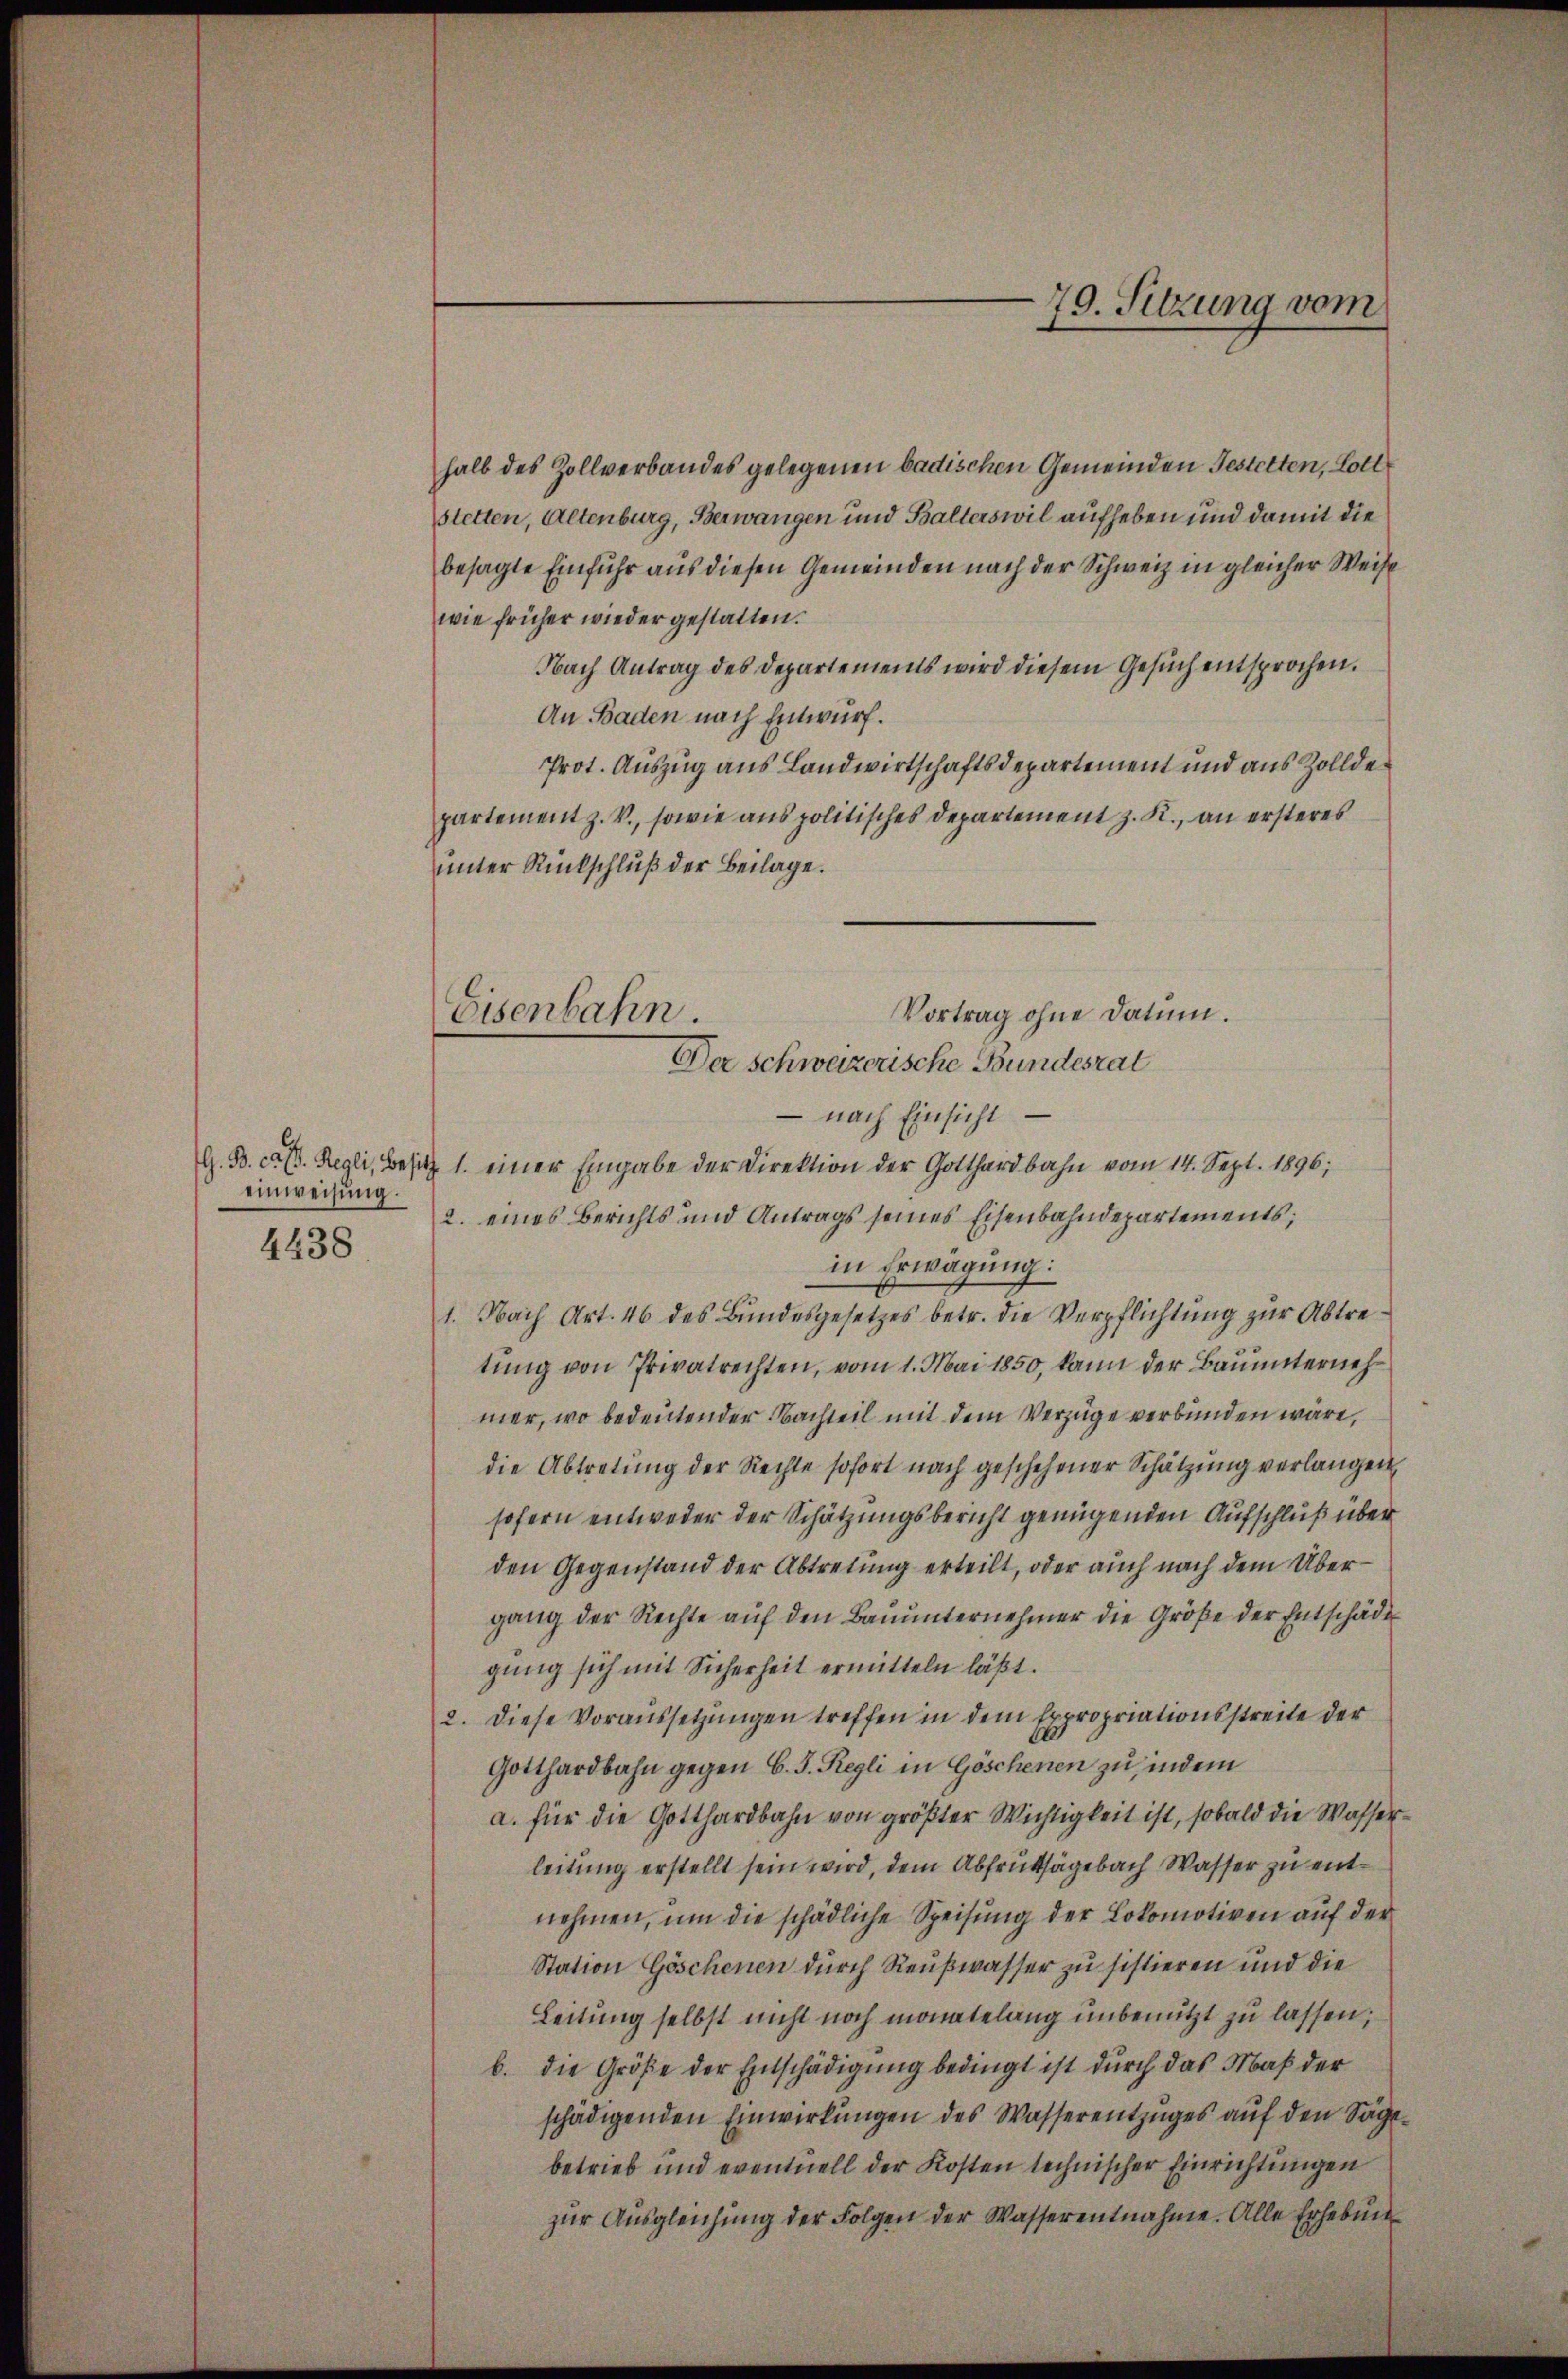
einweisung.
4438

Vortrag ohne Datum.
Eisenbahn.
Der schweizerische Bundesrat

halb des Zollverbandes gelegenen badischen Gemeinden Gestetten, Lott
stetten, Altenburg, Berwangen und Balterswil aufheben und damit die
besagte Einfuhr aus diesen Gemeinden nach der Schweiz in gleicher Weise
wie früher wieder gestatten.
Nach Antrag des Departements wird diesem Gesuch entsprochen.
An Baden nach Entwurf.
Prot. Auszug aus Landwirtschaftsdepartement und aus Zolldepartement z. V., sowie aus politisches Departement z. R., an ersteres
unter Rückschluß der Beilage.
 nach Einsicht
G. B. ca. Regli, Besich 1. einer Eingabe der Direktion der Gotthardbahn vom 14. Sept. 1896;
2. eines Berichts und Antrags seines Eisenbahndepartements;
in Erwägung:
1. Nach Art. 46 des Bŭndesgesetzes betr. die Verpflichtŭng zŭr Abtretŭng von Privatrechten, vom 1. Mai 1850, kann der Bauunternehmer, wo bedeutender Nachteil mit dem Verzüge verbunden wäre,
die Abtretung der Rechte sofort nach geschehener Schätzung verlangen,
sofern entweder der Schätzungsbericht genügenden Aufschluß über
den Gegenstand der Abtretung erteilt, oder auch nach dem Übergang der Rechte auf den Bauunternehmer die Größe der Entschäde
gung sich mit Sicherheit ermitteln läßt.
2. Diese Voraussetzŭngen treffen in dem Expropriationsstreite der
Gotthardbahn gegen C. S. Regli in Göschenen zu, indem
a. für die Gotthardbahn von größter Wichtigkeit ist, sobald die Wasserleitung erstellt sein wird, dem Abfrutthägebach Wasser zu entnehmen, um die schädliche Speisung der Lokomotiven auf der
Station Göschenen durch Reußwasser zu sistieren und die
Leitung selbst nicht noch monatelang unbenützt zu lassen,
b. die Größe der Entschädigung bedingt ist durch das Maß der
schädigenden Einwirkungen des Wasserentzuges auf den Sägebetrieb und eventuell der Kosten technischer Einrichtungen
zŭr Aŭsgleichung der Folgen der Wasserentnahme. Alle Erhebun

79. Sitzung vom